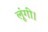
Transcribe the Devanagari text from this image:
लूंगी।